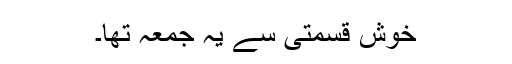
خوش قسمتی سے یہ جمعہ تھا۔